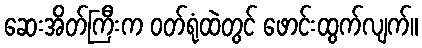
ဆေးအိတ်ကြီးက ဝတ်ရုံထဲတွင် ဖောင်းထွက်လျက်။